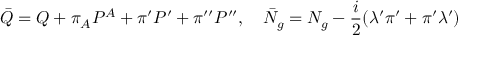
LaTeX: \bar { Q } = Q + \pi _ { A } { \cal P } ^ { A } + \pi ^ { \prime } { \cal P } ^ { \prime } + \pi ^ { \prime \prime } { \cal P } ^ { \prime \prime } , ~ ~ ~ \bar { N } _ { g } = N _ { g } - { \frac { i } { 2 } } ( \lambda ^ { \prime } \pi ^ { \prime } + \pi ^ { \prime } \lambda ^ { \prime } )